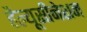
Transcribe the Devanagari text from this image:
हैल्यूसीनेशन